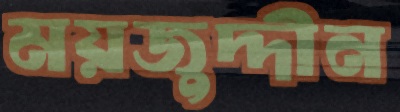
ময়জুদ্দীন